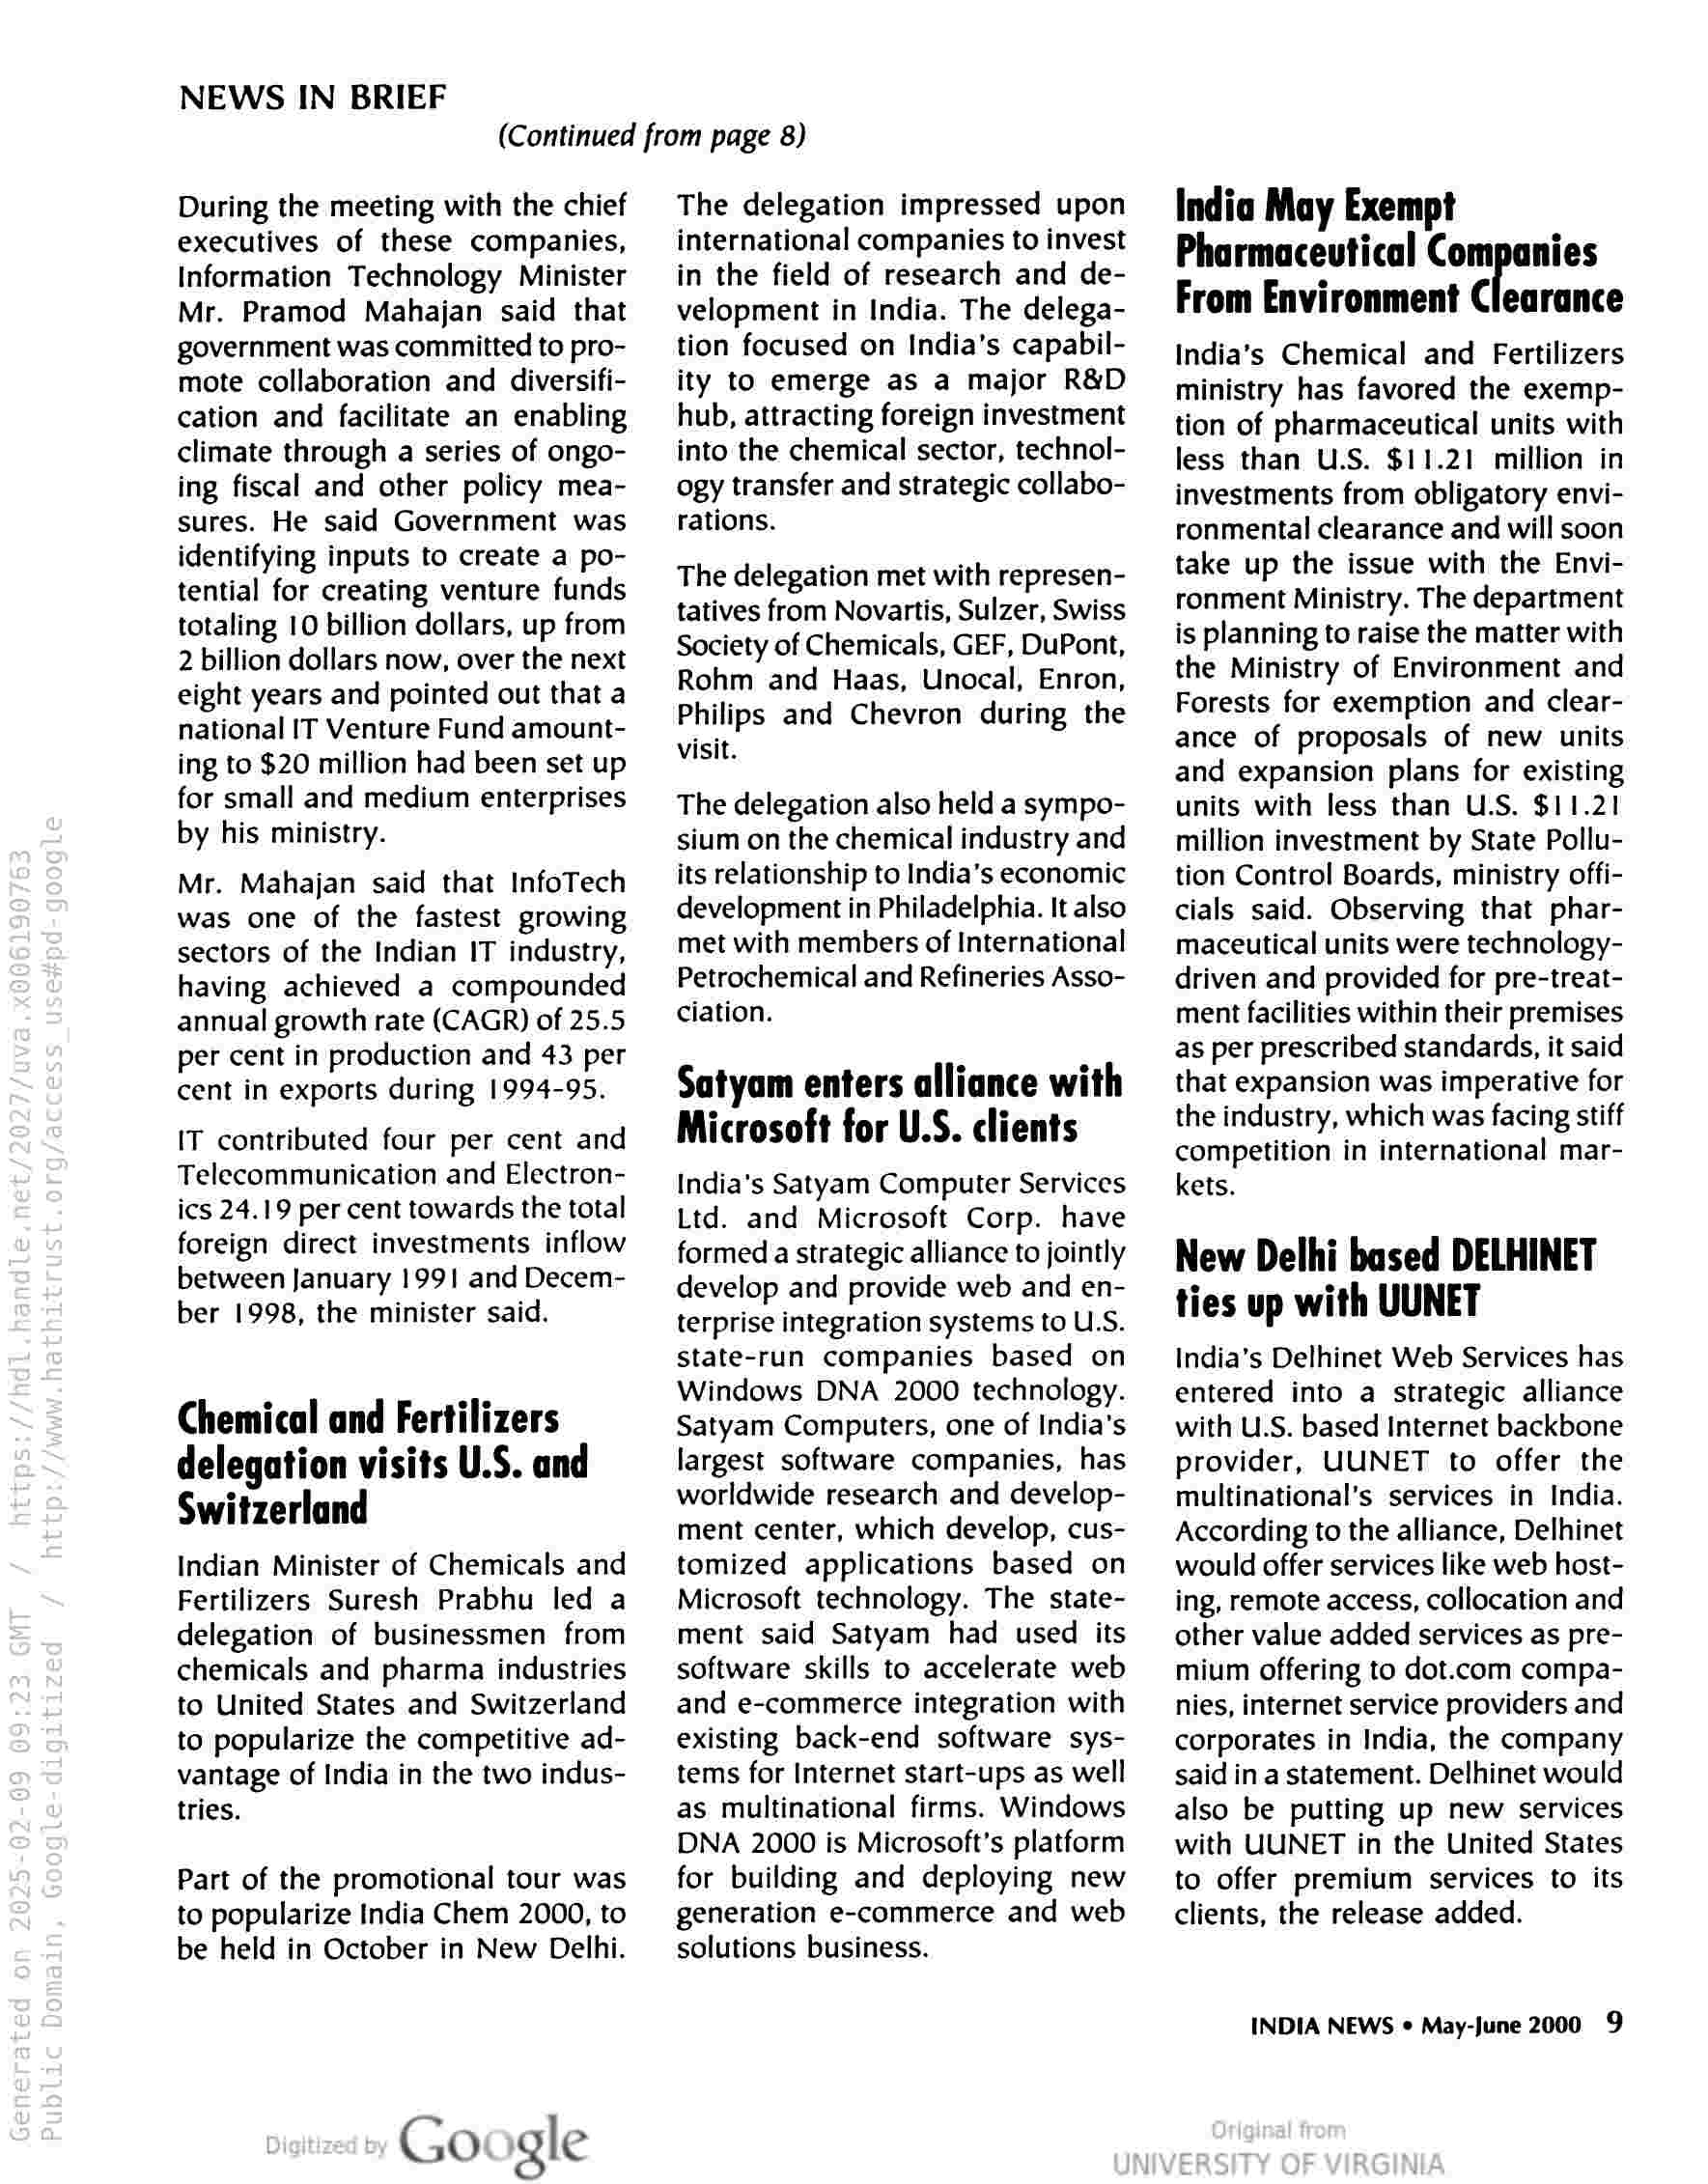
NEWS IN BRIEF

(Continued from page 8)

During the meeting with the chief
executives of these companies,
Information Technology Minister
Mr. Pramod Mahajan said that
government was committed to pro-
mote collaboration and diversifi-
cation and facilitate an enabling
climate through a series of ongo-
ing fiscal and other policy mea-
sures. He said Government was
identifying inputs to create a po-
tential for creating venture funds
totaling 10 billion dollars, up from
2 billion dollars now, over the next
eight years and pointed out that a
national IT Venture Fund amount-
ing to $20 million had been set up
for small and medium enterprises
by his ministry.

Mr. Mahajan said that InfoTech
was one of the fastest growing
sectors of the Indian IT industry,
having achieved a compounded
annual growth rate (CAGR) of 25.5
per cent in production and 43 per
cent in exports during 1994-95.

IT contributed four per cent and
Telecommunication and Electron-
ics 24.19 per cent towards the total
foreign direct investments inflow
between January 1991 and Decem-
ber 1998, the minister said.

Chemical and Fertilizers
delegation visits U.S. and
Switzerland

Indian Minister of Chemicals and
Fertilizers Suresh Prabhu led a
delegation of businessmen from
chemicals and pharma industries
to United States and Switzerland
to popularize the competitive ad-
vantage of India in the two indus-
tries.

Part of the promotional tour was

to popularize India Chem 2000, to
be held in October in New Delhi.

Go gle

The delegation impressed upon
international companies to invest
in the field of research and de-
velopment in India. The delega-
tion focused on India’s capabil-
ity to emerge as a major R&D
hub, attracting foreign investment
into the chemical sector, technol-
ogy transfer and strategic collabo-
rations.

The delegation met with represen-
tatives from Novartis, Sulzer, Swiss
Society of Chemicals, GEF, DuPont,
Rohm and Haas, Unocal, Enron,
Philips and Chevron during the
visit.

The delegation also held a sympo-
sium on the chemical industry and
its relationship to India’s economic
development in Philadelphia. It also
met with members of International
Petrochemical and Refineries Asso-
ciation.

Satyam enters alliance with
Microsoft for U.S. clients

India’s Satyam Computer Services
Ltd. and Microsoft Corp. have
formed a strategic alliance to jointly
develop and provide web and en-
terprise integration systems to U.S.
state-run companies based on
Windows DNA 2000 technology.
Satyam Computers, one of India's
largest software companies, has
worldwide research and develop-
ment center, which develop, cus-
tomized applications based on
Microsoft technology. The state-
ment said Satyam had used its
software skills to accelerate web
and e-commerce integration with
existing back-end software sys-
tems for Internet start-ups as well
as multinational firms. Windows
DNA 2000 is Microsoft's platform
for building and deploying new
generation e-commerce and web
solutions business.

India May Exempt
Pharmaceutical Companies
From Environment Clearance

India’s Chemical and Fertilizers
ministry has favored the exemp-
tion of pharmaceutical units with
less than U.S. $11.21 million in
investments from obligatory envi-
ronmental clearance and will soon
take up the issue with the Envi-
ronment Ministry. The department
is planning to raise the matter with
the Ministry of Environment and
Forests for exemption and clear-
ance of proposals of new units
and expansion plans for existing
units with less than U.S. $11.21
million investment by State Pollu-
tion Control Boards, ministry offi-
cials said. Observing that phar-
maceutical units were technology-
driven and provided for pre-treat-
ment facilities within their premises
as per prescribed standards, it said
that expansion was imperative for
the industry, which was facing stiff
competition in international mar-
kets.

New Delhi based DELHINET
ties up with UUNET

India’s Delhinet Web Services has
entered into a strategic alliance
with U.S. based Internet backbone
provider, UUNET to offer the
multinational’s services in India.
According to the alliance, Delhinet
would offer services like web host-
ing, remote access, collocation and
other value added services as pre-
mium offering to dot.com compa-
nies, internet service providers and
corporates in India, the company
said in a statement. Delhinet would
also be putting up new services
with UUNET in the United States
to offer premium services to its
clients, the release added.

INDIA NEWS ¢ May-June 2000 9